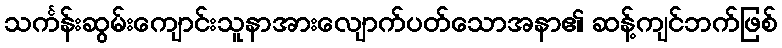
သင်္ကန်းဆွမ်းကျောင်းသူနာအားလျောက်ပတ်သောအနာ၏ ဆန့်ကျင်ဘက်ဖြစ်